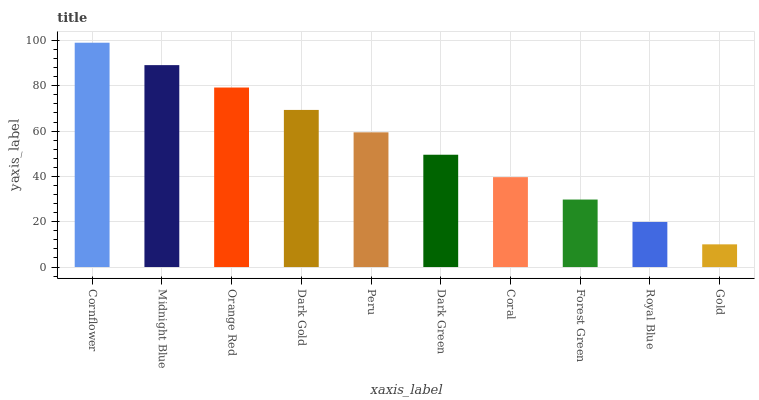
| xaxis_label | bars |
 | --- | --- |
 | Cornflower | 99 |
 | Midnight Blue | 89.1 |
 | Orange Red | 79.2 |
 | Dark Gold | 69.3 |
 | Peru | 59.5 |
 | Dark Green | 49.6 |
 | Coral | 39.7 |
 | Forest Green | 29.8 |
 | Royal Blue | 19.9 |
 | Gold | 10 |